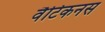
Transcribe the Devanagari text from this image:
वैटिकनस